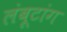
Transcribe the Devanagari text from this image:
लंबूटांग